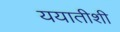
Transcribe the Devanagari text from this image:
ययातीशी